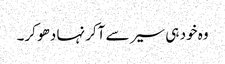
وہ خود ہی سیر سے آکر نہا دھو کر۔